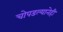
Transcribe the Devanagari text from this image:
चोपडल्यानेही